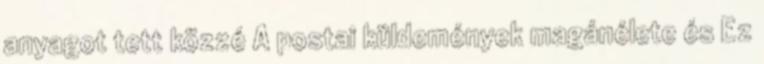
anyagot tett közzé A postai küldemények magánélete és Ez